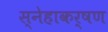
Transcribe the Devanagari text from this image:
स्नेहाकर्षण